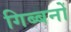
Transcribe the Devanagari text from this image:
गिब्बनों